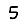
Digit: 5